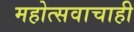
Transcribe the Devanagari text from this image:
महोत्सवाचाही